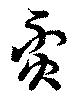
貧